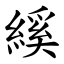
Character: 縘